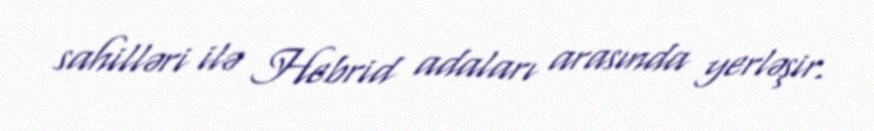
sahilləri ilə Hebrid adaları arasında yerləşir.